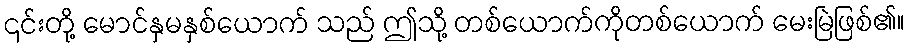
၎င်းတို့ မောင်နှမနှစ်ယောက် သည် ဤသို့ တစ်ယောက်ကိုတစ်ယောက် မေးမြဲဖြစ်၏။